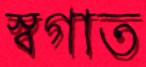
স্বগাত